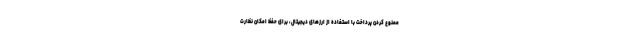
ممنوع کردن پرداخت با استفاده از ارزهای دیجیتال، برای حفظ امکان نظارت